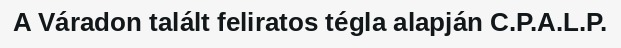
A Váradon talált feliratos tégla alapján C.P.A.L.P.